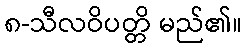
၈-သီလဝိပတ္တိ မည်၏။